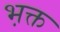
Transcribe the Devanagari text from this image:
भ़क्त